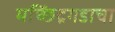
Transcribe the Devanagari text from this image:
मच्छिंद्रगडाचा